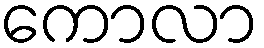
ကောလာ